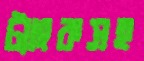
ট্যাংকসহ